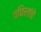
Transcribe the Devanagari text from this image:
वकिलांचे